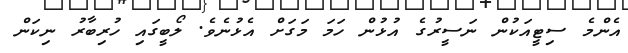
އެންމެ ސިޓީއަކުން ނަސީރުގެ އުޅުން ހަމަ މަގަށް އެޅުނެވެ. ލޯބީގައި ހުރިބާރު ނިކަން